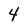
Character: 4